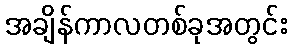
အချိန်ကာလတစ်ခုအတွင်း